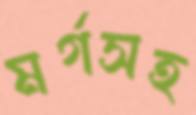
মর্গসহ